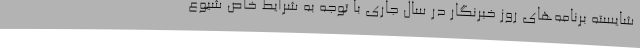
شایسته برنامه‌های روز خبرنگار در سال جاری با توجه به شرایط خاص شیوع